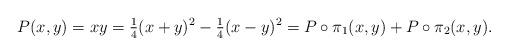
LaTeX: \begin{align*}P(x, y) = xy = \tfrac{1}{4}(x + y)^{2} - \tfrac{1}{4}(x - y)^{2} = P \circ \pi_{1}(x, y) + P\circ \pi_{2}(x, y).\end{align*}